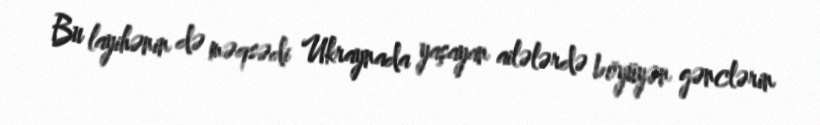
Bu layihənin də məqsədi Ukraynada yaşayan ailələrdə böyüyən gənclərin